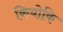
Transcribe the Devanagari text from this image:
कियोकि